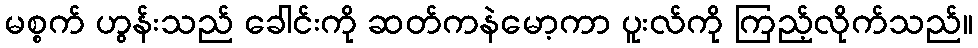
မစ္စက် ဟွန်းသည် ခေါင်းကို ဆတ်ကနဲမော့ကာ ပူးလ်ကို ကြည့်လိုက်သည်။